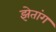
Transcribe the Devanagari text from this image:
झेतांग